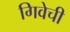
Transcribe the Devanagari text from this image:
गिवेची